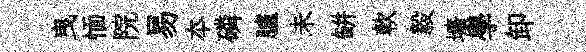
曳愐院易夲磷臚未缾軟毅壙學卸